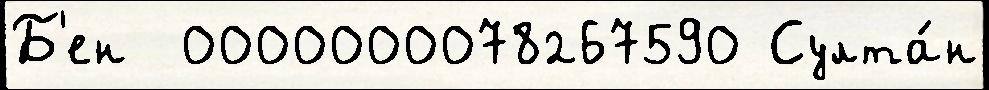
Б'ен  0000000078267590 Султа́н